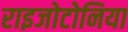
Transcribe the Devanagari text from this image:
राइजोटोनिया